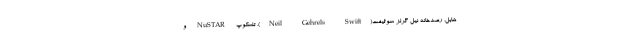
هابل، رصدخانه نیل گرلز سوئیفت(Neil Gehrels Swift)، تلسکوپ NuSTAR و